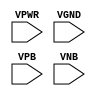
module sky130_fd_sc_hd__tap (
    VPWR,
    VGND,
    VPB ,
    VNB
);

    input VPWR;
    input VGND;
    input VPB ;
    input VNB ;
endmodule